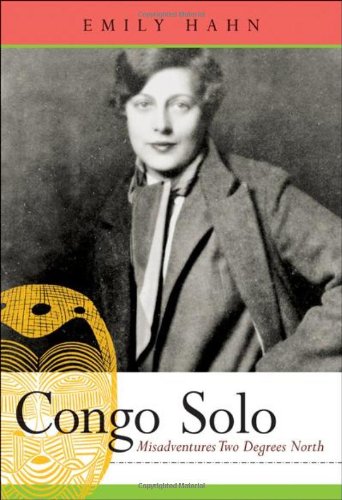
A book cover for Congo Solo: Misadventures Two Degrees North; Travel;